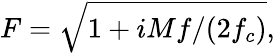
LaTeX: F=\sqrt{1+iMf/(2f_{c})},